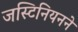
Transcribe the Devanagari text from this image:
जस्टिनियनने